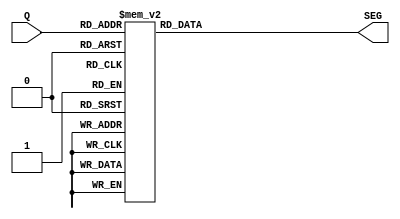
module Decoder(Q, SEG);

	input [3:0] Q;
	output [7:0] SEG;
	
	reg [7:0] SEG;
	
	always @(Q) begin
		case(Q)
			4'b0000: SEG <= 8'b0001_0000;
			4'b0001: SEG <= 8'b0001_0001;
			4'b0010: SEG <= 8'b0001_0010;
			4'b0011: SEG <= 8'b0001_0011;
			4'b0100: SEG <= 8'b0001_0100;
			4'b0101: SEG <= 8'b0001_0101;
			4'b0110: SEG <= 8'b0001_0110;
			4'b0111: SEG <= 8'b0001_0111;
			4'b1000: SEG <= 8'b0001_1000;
			4'b1001: SEG <= 8'b0001_1001;
			default: SEG <= 8'b0001_1111;
		endcase
	end
	
endmodule